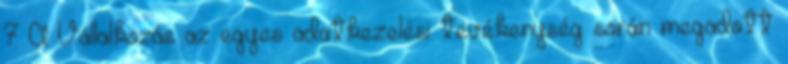
7 A Vállalkozás az egyes adatkezelési tevékenység során megadott